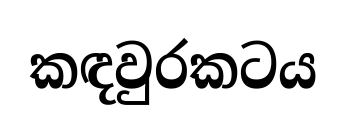
කඳවුරකටය